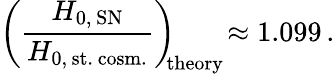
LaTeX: \left(\frac{H_{0,\, \mathrm{SN}}}{H_{0,\, \mathrm{st.\, cosm.}}}\right)_{\! \! \mathrm{theory}}\! \approx 1.099\, .